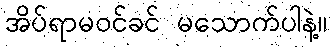
အိပ်ရာမဝင်ခင် မသောက်ပါနဲ့။